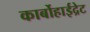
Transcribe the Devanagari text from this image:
कार्बोहाईद्रेट